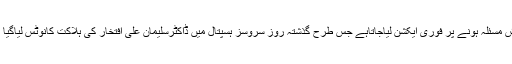
کسی بھی ڈاکٹرکو کوئی بھی درپیش مسئلہ ہونے پر فوری ایکشن لیاجاتاہے جس طرح گذشتہ روز سروسز ہسپتال میں ڈاکٹرسلیمان علی افتخار کی ہلاکت کانوٹس لیاگیا اور باقاعدہ تحقیقات کا حکم دیا گیا۔